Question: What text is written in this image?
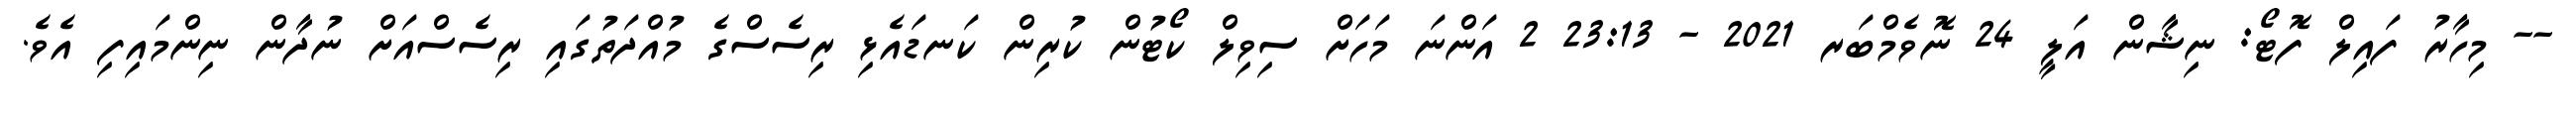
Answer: -- މިހާރު ފައިލް ފޮޓޯ: ނިޝާން އަލީ 24 ނޮވެމްބަރ 2021 - 23:13 2 އަންނަ މަހަށް ސިވިލް ކޯޓުން ކުރިން ކަނޑައެޅި ރިސެސްގެ މުއްދަތުގައި ރިސެސްއަށް ނުދާން ނިންމައިފި އެވެ.